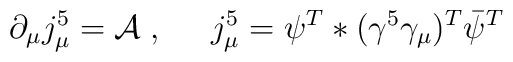
\partial_{\mu} j_{\mu}^5 = {\cal A} \; , \;\;\;\;\; j_{\mu}^5=\psi^T * (\gamma^5 \gamma_{\mu})^T {\bar \psi}^T